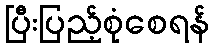
ပြီးပြည့်စုံစေရန်